画像に写った文字を読んでください
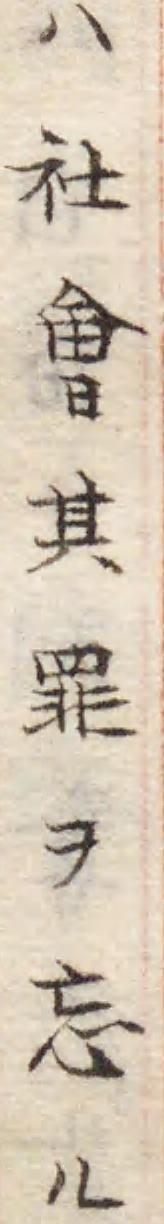
「ハ社㑹其罪ヲ忘ル」と書いてあります